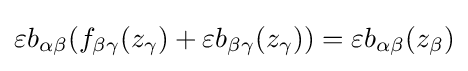
{\begin{aligned}\varepsilon b_{\alpha \beta }(f_{\beta \gamma }(z_{\gamma })+\varepsilon b_{\beta \gamma }(z_{\gamma }))=\varepsilon b_{\alpha \beta }(z_{\beta })\end{aligned}}